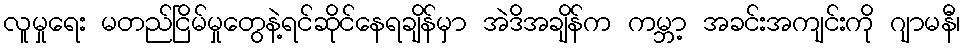
လူမှုရေး မတည်ငြိမ်မှုတွေနဲ့ရင်ဆိုင်နေရချိန်မှာ အဲဒိအချိန်က ကမ္ဘာ့ အခင်းအကျင်းကို ဂျာမနီ၊